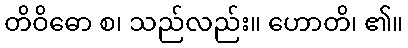
တိဝိဓော စ၊ သည်လည်း။ ဟောတိ၊ ၏။